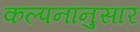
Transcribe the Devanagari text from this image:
कल्पनांनुसार